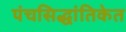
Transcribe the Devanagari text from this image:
पंचसिद्धांतिकेत